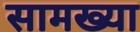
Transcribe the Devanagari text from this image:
सामख्या